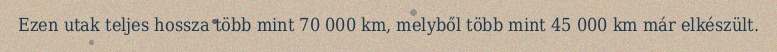
Ezen utak teljes hossza több mint 70 000 km, melyből több mint 45 000 km már elkészült.